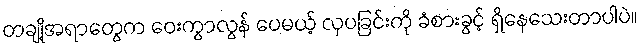
တချို့အရာတွေက ဝေးကွာလွန် ပေမယ့် လှပခြင်းကို ခံစားခွင့် ရှိနေသေးတာပါပဲ။